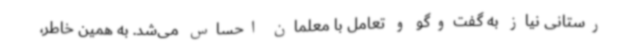
رستانی نیاز به گفت‌وگو و تعامل با معلمان احساس می‌شد. به همین خاطر،